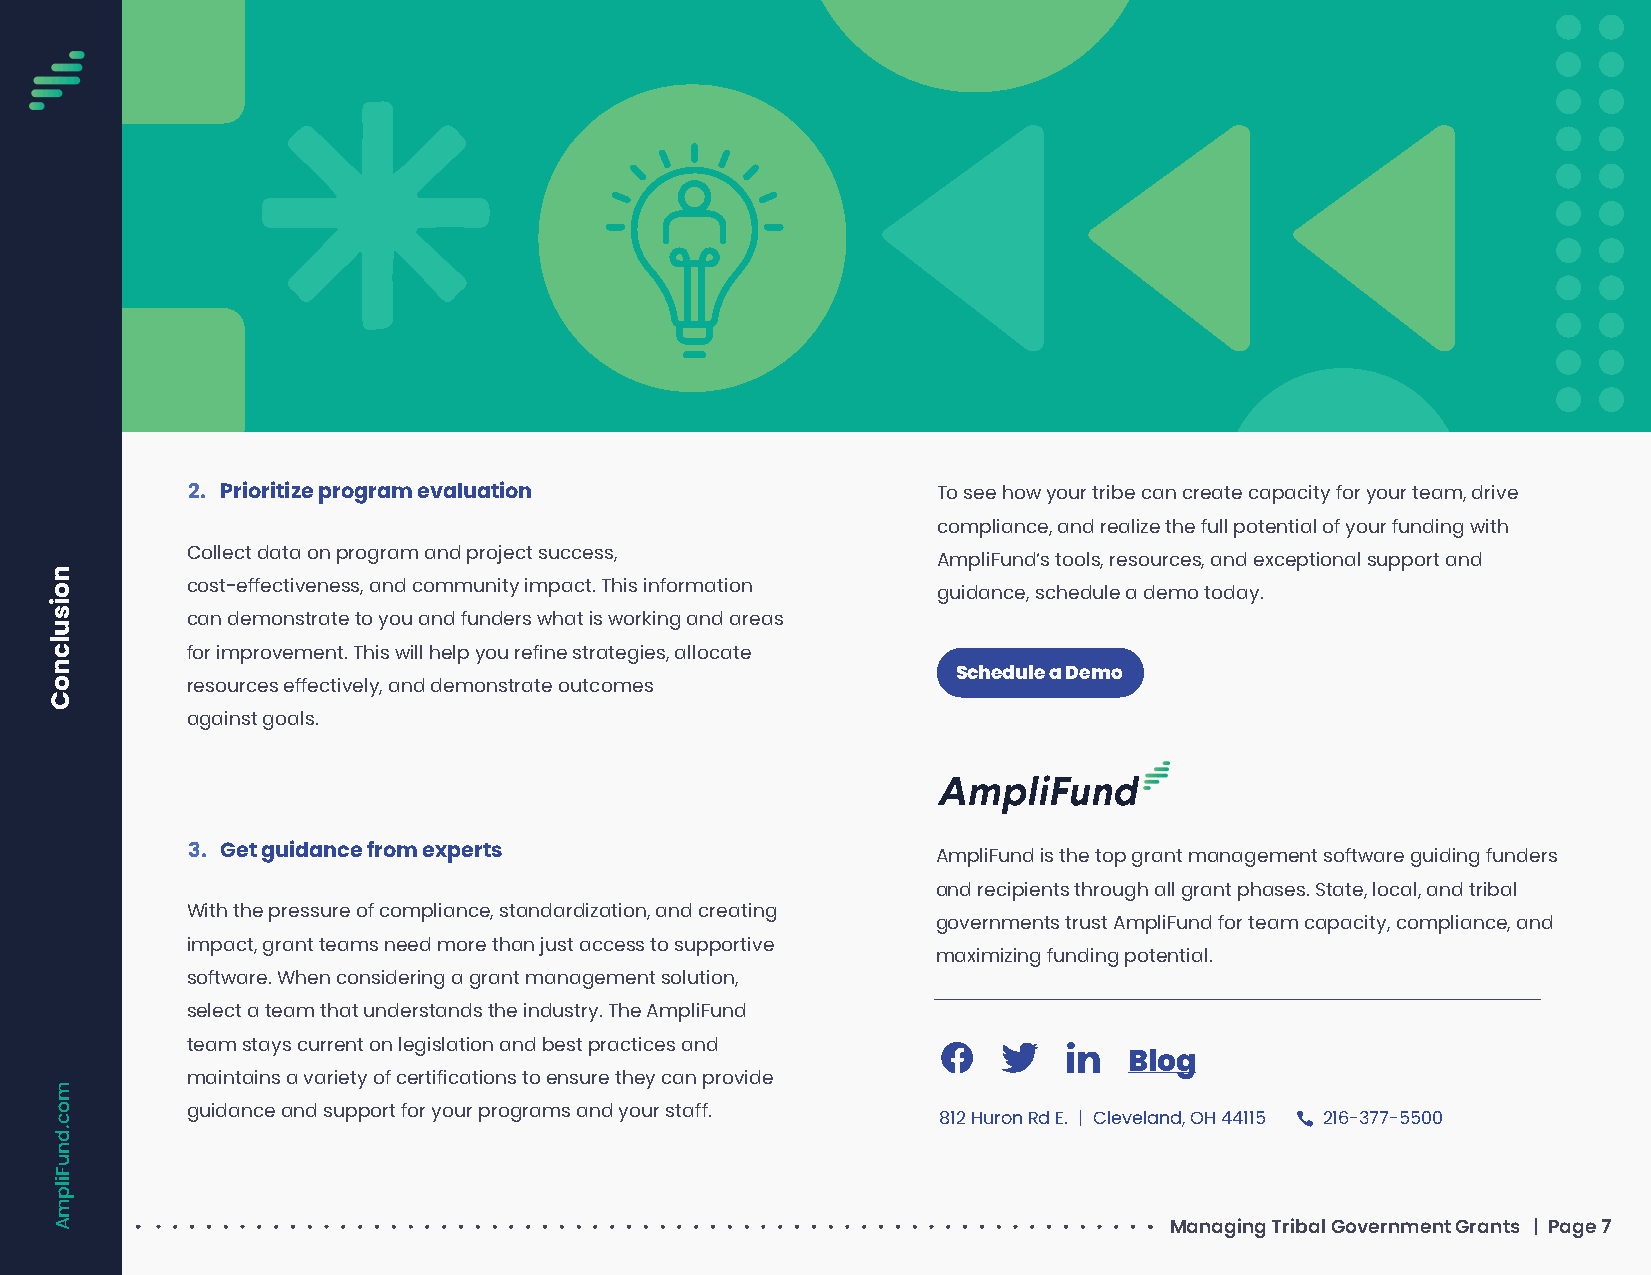
2. Prioritize program evaluation                  To see how your tribe can create capacity for your team, drive
 compliance, and realize the full potential of your funding with
 Collect data on program and project success,
 AmpliFund’s tools, resources, and exceptional support and
 cost-effectiveness, and community impact. This information
 guidance, schedule a demo today.
 can demonstrate to you and funders what is working and areas
 for improvement. This will help you refine strategies, allocate
 Schedule a Demo
 resources effectively, and demonstrate outcomes
 against goals.
 3. Get guidance from experts                      AmpliFund is the top grant management software guiding funders
 and recipients through all grant phases. State, local, and tribal
 With the pressure of compliance, standardization, and creating
 governments trust AmpliFund for team capacity, compliance, and
 impact, grant teams need more than just access to supportive
 maximizing funding potential.
 software. When considering a grant management solution,
 select a team that understands the industry. The AmpliFund
 team stays current on legislation and best practices and
 Blog
 maintains a variety of certifications to ensure they can provide
 guidance and support for your programs and your staff.
 812 Huron Rd E. | Cleveland, OH 44115 216-377-5500
 Managing Tribal Government Grants | Page 7
 noisulcnoC
 moc.dnuFilpmA